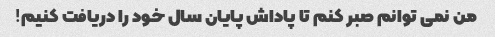
من نمی توانم صبر کنم تا پاداش پایان سال خود را دریافت کنیم!